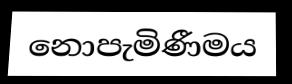
නොපැමිණීමය